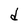
Character: d